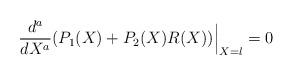
LaTeX: \begin{align*}\frac{d^a}{dX^a}(P_1(X)+P_2(X)R(X))\Big|_{X=\l}=0\end{align*}